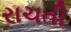
રાચતી